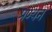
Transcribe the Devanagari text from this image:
प्रण्यन